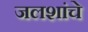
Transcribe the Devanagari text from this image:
जलशांचे